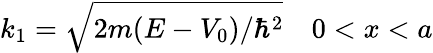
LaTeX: k_{1}={\sqrt{2m(E-V_{0})/\hbar^{2}}}\quad 0<x<a